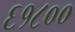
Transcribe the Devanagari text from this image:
६१८००